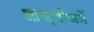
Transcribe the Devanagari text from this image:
आक्सीजनें